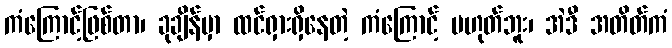
ကံကြောင့်ဖြစ်တာ၊ ခုချိန်မှာ ထင်ရှားရှိနေတဲ့ ကံကြောင့် မဟုတ်ဘူး၊ အဲဒီ အတိတ်ကံ